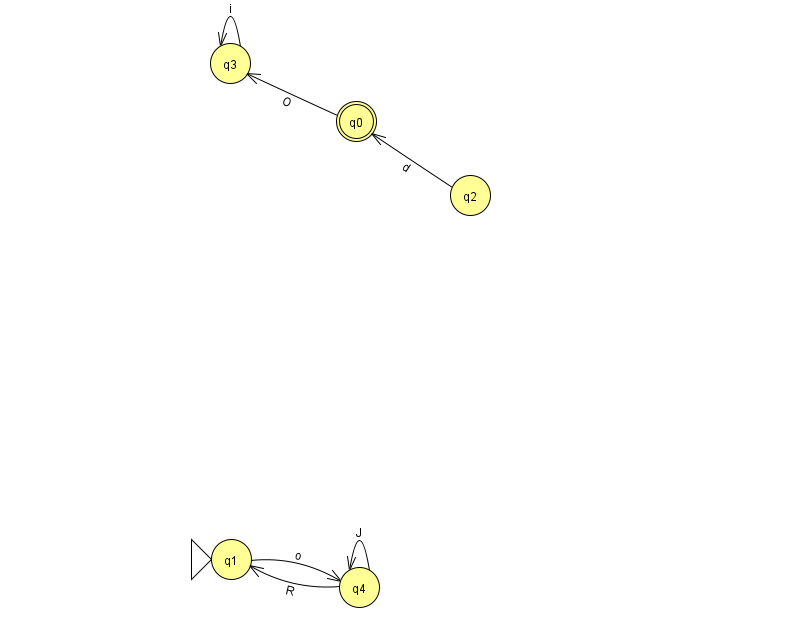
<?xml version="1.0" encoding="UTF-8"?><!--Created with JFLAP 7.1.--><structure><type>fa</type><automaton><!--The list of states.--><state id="0" name="q0"><x>356.0</x><y>108.0</y><final/></state><state id="1" name="q1"><x>231.0</x><y>546.0</y><initial/></state><state id="2" name="q2"><x>470.0</x><y>182.0</y></state><state id="3" name="q3"><x>230.0</x><y>50.0</y></state><state id="4" name="q4"><x>359.0</x><y>574.0</y></state><!--The list of transitions.--><transition><from>4</from><to>1</to><read>R</read></transition><transition><from>3</from><to>3</to><read>i</read></transition><transition><from>4</from><to>4</to><read>J</read></transition><transition><from>0</from><to>3</to><read>O</read></transition><transition><from>1</from><to>4</to><read>o</read></transition><transition><from>2</from><to>0</to><read>d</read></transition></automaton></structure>